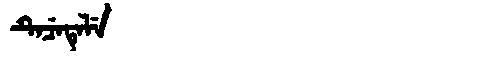
Manchu: ᡨᡝᠴᡝᡨᡝᠯᡝ
Romanization: TECETELE